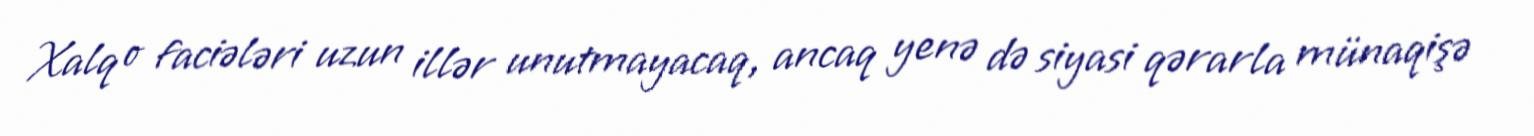
Xalq o faciələri uzun illər unutmayacaq, ancaq yenə də siyasi qərarla münaqişə